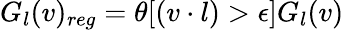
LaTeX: G_{l}(v)_{reg}=\theta[(v\cdot l)>\epsilon]G_{l}(v)